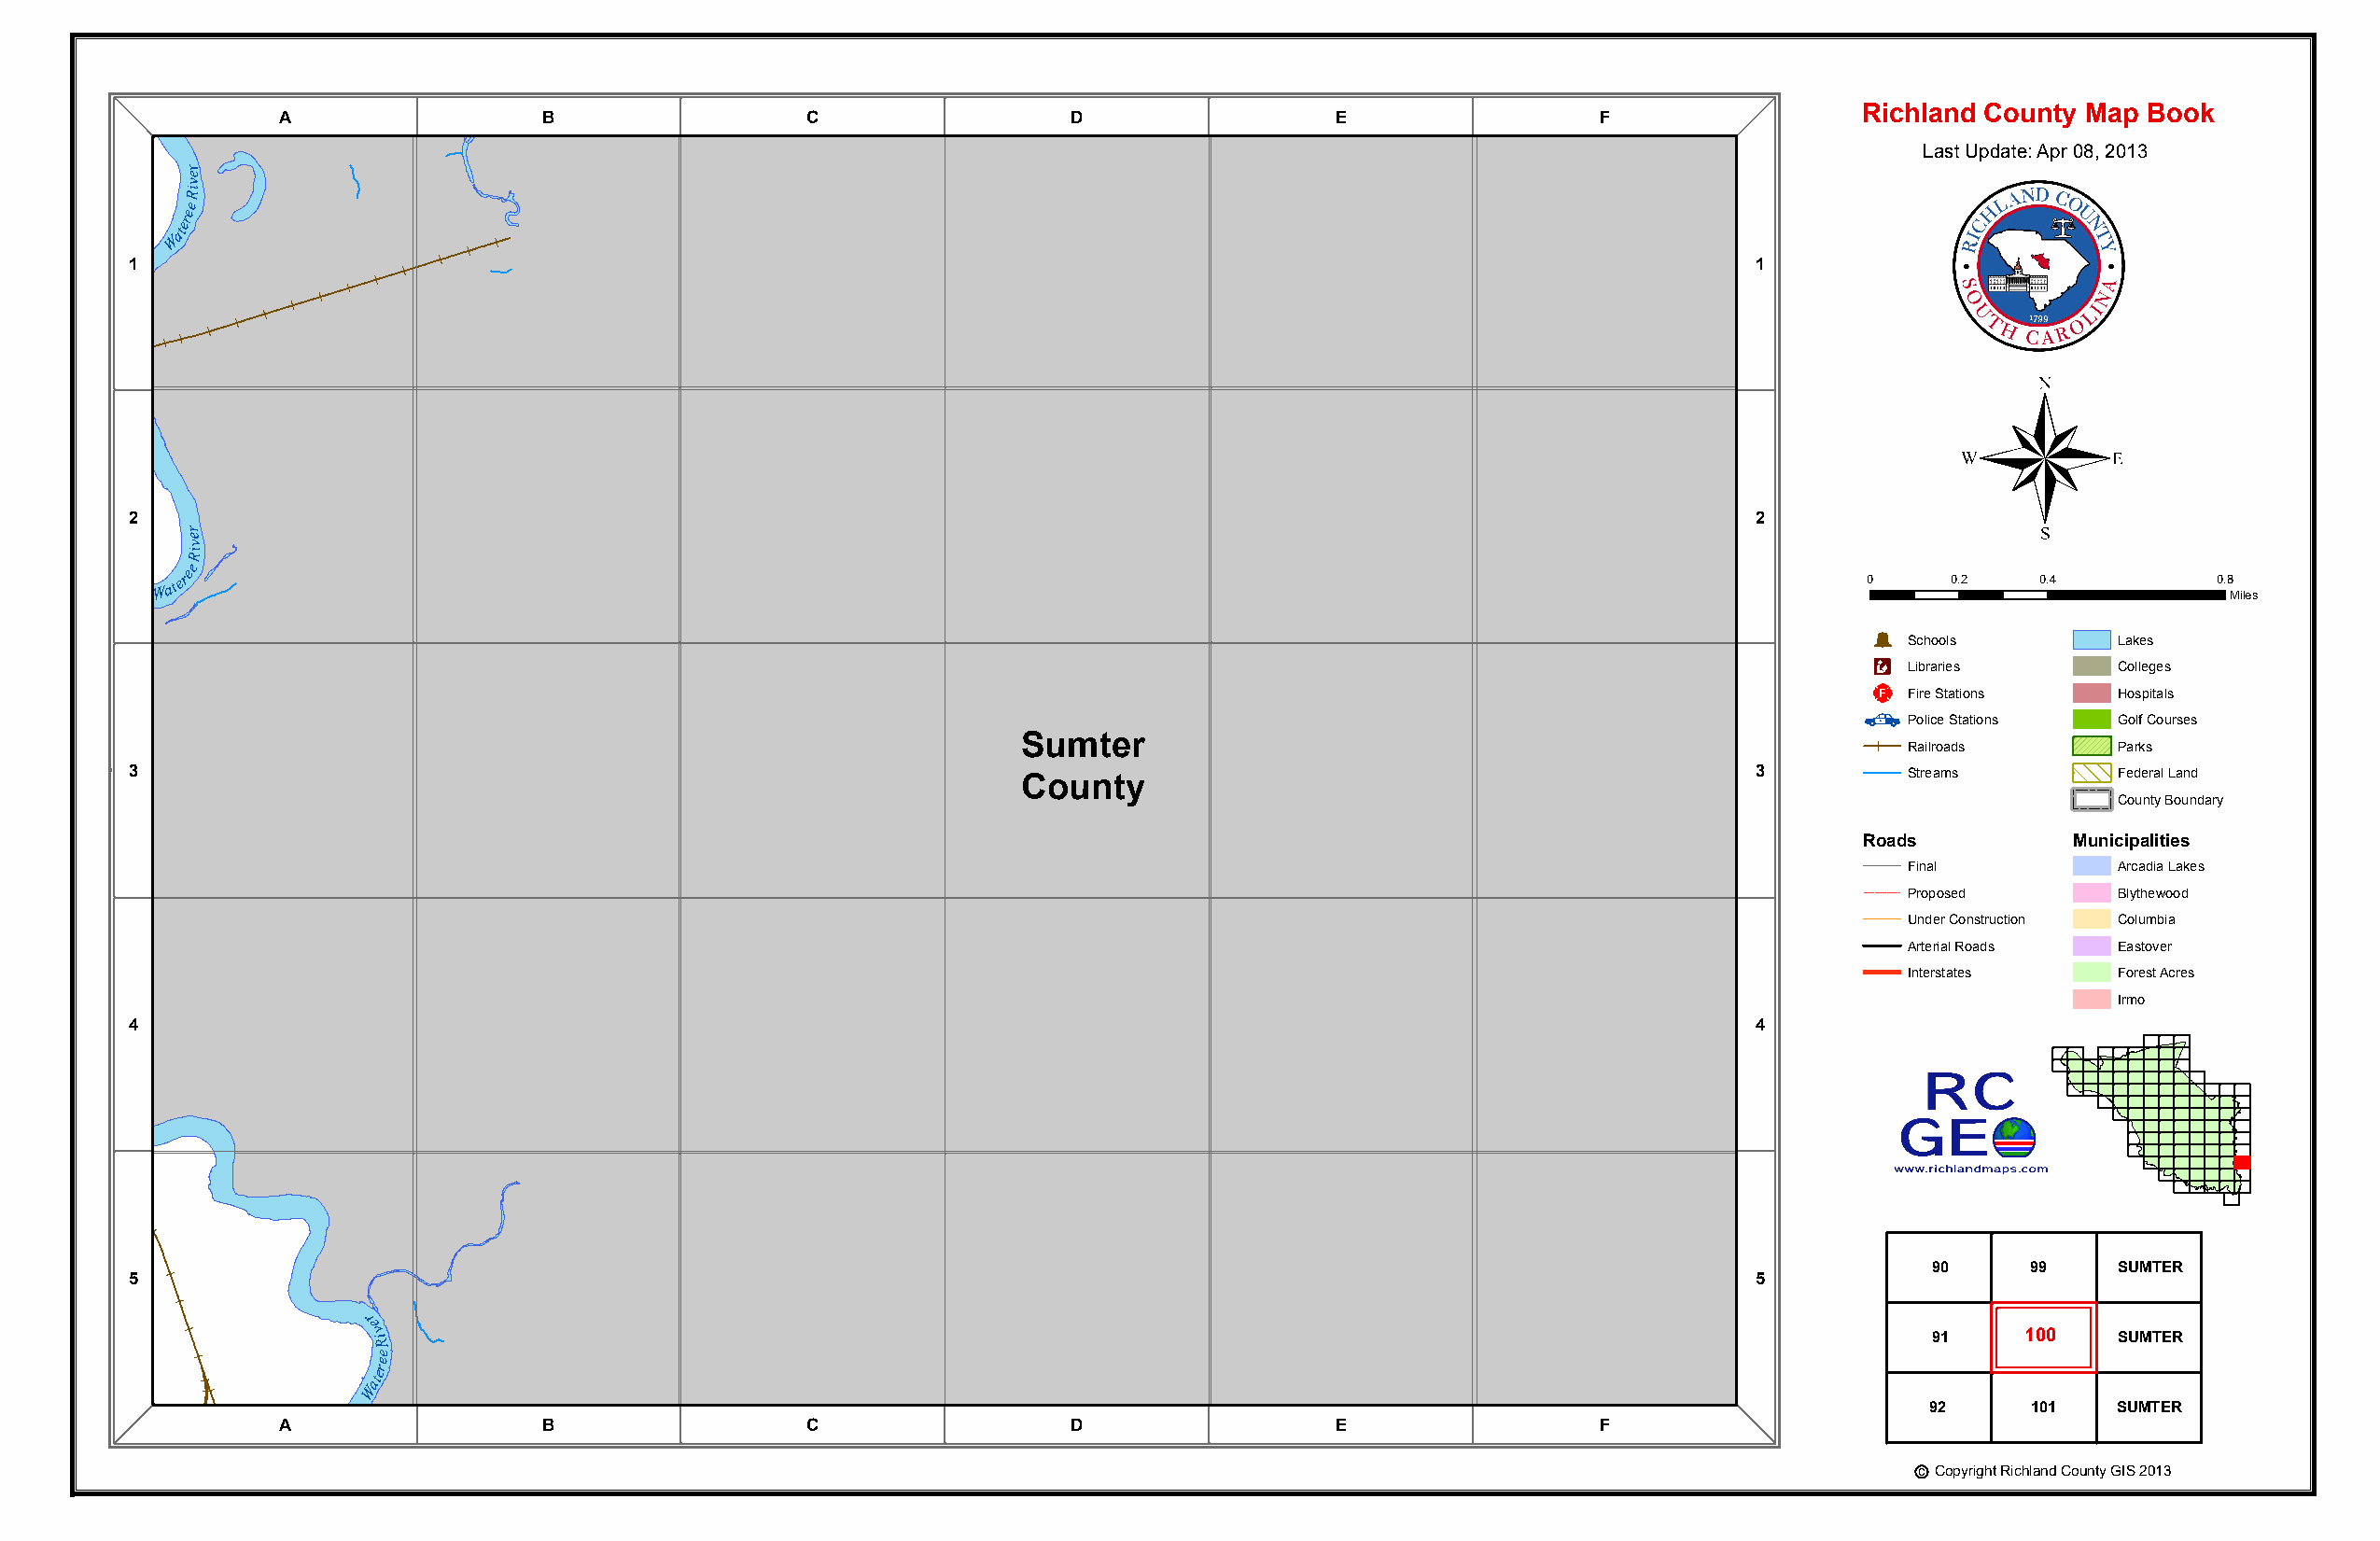
Richland County Map Book
 A                 B                  C                  D                  E                 F
 Last Update: Apr 08, 2013
 re
 v
 iR
 e
 e
 er
 Wat
 1                                                                                                                   1
 ®
 2                                                                                                                   2
 r
 e
 v
 iR
 e
 Watere
 0     0.2    0.4         0.8
 Miles
 Þ
 Schools        Lakes
 Æc
 Libraries      Colleges
 _¨
 Fire Stations  Hospitals
 Police Stations Golf Courses
 Sumter
 Railroads      Parks
 3                                                                                                                   3         Streams        Federal Land
 County
 County Boundary
 Sumter
 Roads          Municipalities
 County
 Final          Arcadia Lakes
 Proposed       Blythewood
 Under Construction Columbia
 Arterial Roads Eastover
 W ateree
 River
 Interstates    F Irmor oest Acres
 4                                                                                                                   4
 90     99    SUMTER
 5                                                                                                                   5
 r
 e
 v iR                                                                                                           91     100   SUMTER
 e
 e
 er
 at
 W
 92     101   SUMTER
 A                 B                  C                  D                  E                 F
 c Copyright Richland County GIS 2013